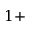
1 +